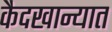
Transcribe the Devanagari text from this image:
कैदखान्यात